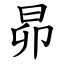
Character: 昴